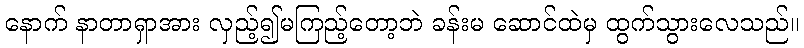
နောက် နာတာရှာအား လှည့်၍မကြည့်တော့ဘဲ ခန်းမ ဆောင်ထဲမှ ထွက်သွားလေသည်။